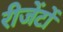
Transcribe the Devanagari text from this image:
रीजेंटों